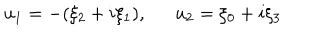
u _ { 1 } = - ( \xi _ { 2 } + i \xi _ { 1 } ) , u _ { 2 } = \xi _ { 0 } + i \xi _ { 3 }